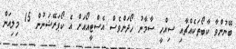
ބޭނުންވާ ކާބޯތަކެއްޗާއި ސިއްހީ ސާމާނު ހޯދަންވެސް އެސްޓީއޯއަށް އެ ކޯޕަރޭޝަނުން 15 މިލިއަން